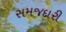
સમજદારી